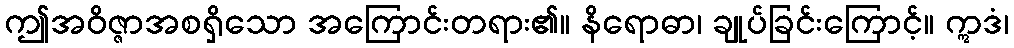
ဤအဝိဇ္ဇာအစရှိသော အကြောင်းတရား၏။ နိရောဓာ၊ ချုပ်ခြင်းကြောင့်။ ဣဒံ၊